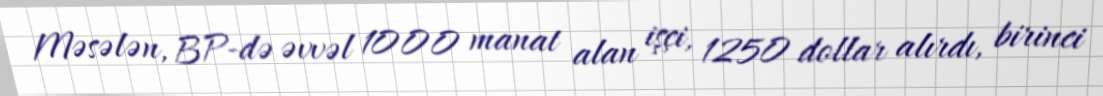
Məsələn, BP-də əvvəl 1000 manat alan işçi, 1250 dollar alırdı, birinci